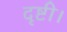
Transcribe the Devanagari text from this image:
दृष्टी।